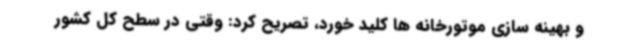
و بهینه سازی موتورخانه ها کلید خورد، تصریح کرد: وقتی در سطح کل کشور